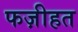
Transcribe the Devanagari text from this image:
फज़ीहत